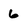
Character: 6